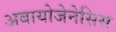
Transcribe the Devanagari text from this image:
अबायोजेनेसिस